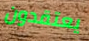
يعتقدون